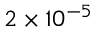
2 \times 1 0 ^ { - 5 }